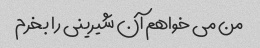
من می خواهم آن شیرینی را بخرم